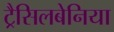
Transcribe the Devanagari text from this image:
ट्रैसिलबेनिया